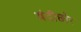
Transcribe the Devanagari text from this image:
बंदीछोर